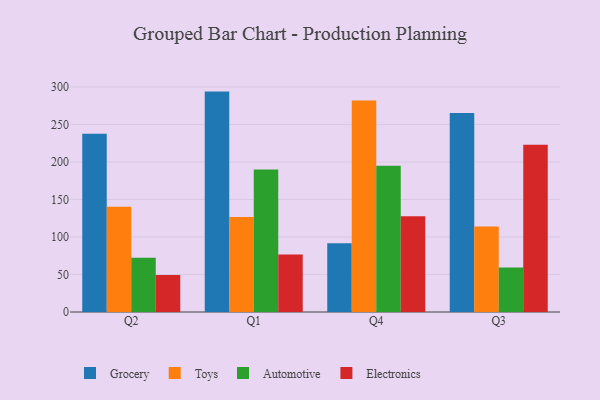
{"axis": {"x": "Quarter", "y": "Temperature (°C)"}, "legend": ["Automotive", "Electronics", "Grocery", "Toys"], "data": [{"x": "Q2", "y": 237.7, "type": "Grocery"}, {"x": "Q2", "y": 140.2, "type": "Toys"}, {"x": "Q2", "y": 72.2, "type": "Automotive"}, {"x": "Q2", "y": 49.3, "type": "Electronics"}, {"x": "Q1", "y": 293.8, "type": "Grocery"}, {"x": "Q1", "y": 126.6, "type": "Toys"}, {"x": "Q1", "y": 189.9, "type": "Automotive"}, {"x": "Q1", "y": 76.8, "type": "Electronics"}, {"x": "Q4", "y": 91.5, "type": "Grocery"}, {"x": "Q4", "y": 281.8, "type": "Toys"}, {"x": "Q4", "y": 195.1, "type": "Automotive"}, {"x": "Q4", "y": 127.8, "type": "Electronics"}, {"x": "Q3", "y": 265.4, "type": "Grocery"}, {"x": "Q3", "y": 114.1, "type": "Toys"}, {"x": "Q3", "y": 59.4, "type": "Automotive"}, {"x": "Q3", "y": 223.1, "type": "Electronics"}]}